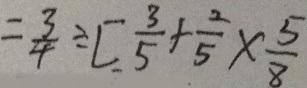
= \frac { 3 } { 4 } \div [ \frac { 3 } { 5 } + \frac { 2 } { 5 } \times \frac { 5 } { 8 }